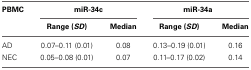
<table><thead><tr><td><b>PBMC</b></td><td colspan="2"><b>miR-34c</b></td><td colspan="2"><b>miR-34a</b></td></tr><tr><td></td><td><b>Range (<i>SD</i>)</b></td><td><b>Median</b></td><td><b>Range (<i>SD</i>)</b></td><td><b>Median</b></td></tr></thead><tbody><tr><td>AD</td><td>0.07–0.11 (0.01)</td><td>0.08</td><td>0.13–0.19 (0.01)</td><td>0.16</td></tr><tr><td>NEC</td><td>0.05–0.08 (0.01)</td><td>0.07</td><td>0.11–0.17 (0.02)</td><td>0.14</td></tr></tbody></table>